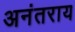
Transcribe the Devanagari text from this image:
अनंतराय